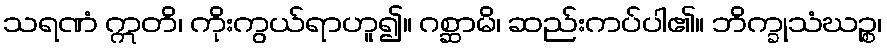
သရဏံ ဣတိ၊ ကိုးကွယ်ရာဟူ၍။ ဂစ္ဆာမိ၊ ဆည်းကပ်ပါ၏။ ဘိက္ခုသံဃဉ္စ၊